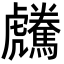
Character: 𩦶